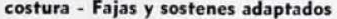
costura - Fajas y sostenes adaptados